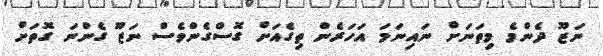
ނަޒޫ ދެންމެ މިތަނަށް ނައިނަމަ އަހަރެން ތިގެއަށް ގޮސްގެންވެސް ނަޒޫ ގެންނަ ގޮތަށް